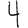
Digit: 4